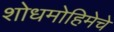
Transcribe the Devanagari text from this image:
शोधमोहिमेचे